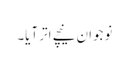
نوجوان نیچے اتر آیا۔